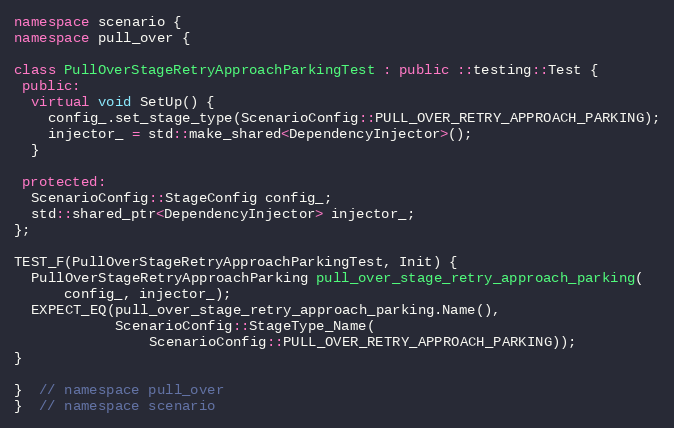
Language: C++
namespace scenario {
namespace pull_over {

class PullOverStageRetryApproachParkingTest : public ::testing::Test {
 public:
  virtual void SetUp() {
    config_.set_stage_type(ScenarioConfig::PULL_OVER_RETRY_APPROACH_PARKING);
    injector_ = std::make_shared<DependencyInjector>();
  }

 protected:
  ScenarioConfig::StageConfig config_;
  std::shared_ptr<DependencyInjector> injector_;
};

TEST_F(PullOverStageRetryApproachParkingTest, Init) {
  PullOverStageRetryApproachParking pull_over_stage_retry_approach_parking(
      config_, injector_);
  EXPECT_EQ(pull_over_stage_retry_approach_parking.Name(),
            ScenarioConfig::StageType_Name(
                ScenarioConfig::PULL_OVER_RETRY_APPROACH_PARKING));
}

}  // namespace pull_over
}  // namespace scenario